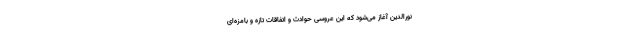
نورالدین آغاز می‌شود که این عروسی حوادث و اتفاقات تازه و بامزه‌ای